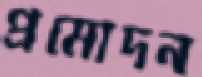
প্রমোদন